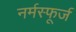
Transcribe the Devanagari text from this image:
नर्मस्फूर्ज